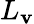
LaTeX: L_{\mathbf{v}}